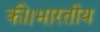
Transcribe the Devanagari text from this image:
की।भारतीय